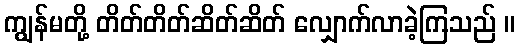
ကျွန်မတို့ တိတ်တိတ်ဆိတ်ဆိတ် လျှောက်လာခဲ့ကြသည် ။